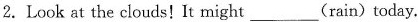
2.Look at the clouds!It might___(rain)today.